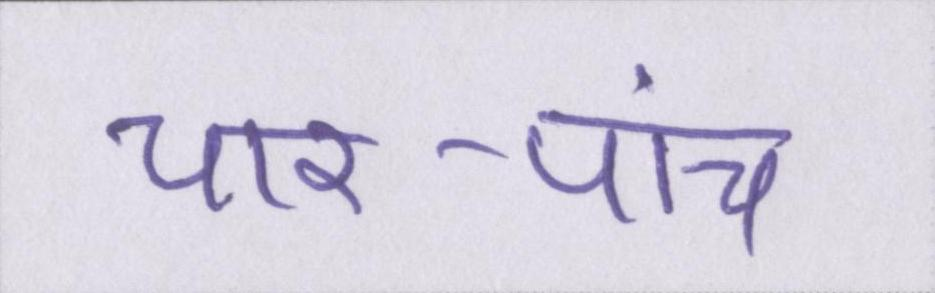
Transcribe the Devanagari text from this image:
चार-पांच